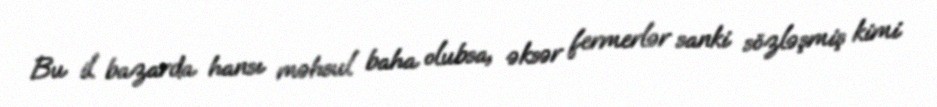
Bu il bazarda hansı məhsul baha olubsa, əksər fermerlər sanki sözləşmiş kimi